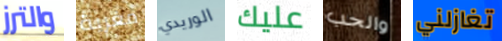
والترز مغرية الوريدي عليك والحب تغازلني